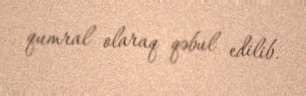
qumral olaraq qəbul edilib.